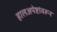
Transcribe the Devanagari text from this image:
हालअपेष्टांवरून